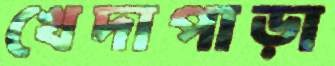
খেদাপাড়া